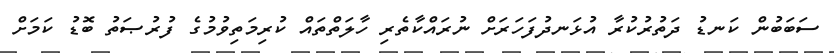
ސަބަބުން ކަނޑު ދަތުރުކުރާ އުޅަނދުފަހަރަށް ނުރައްކާތެރި ހާލަތްތައް ކުރިމަތިވުމުގެ ފުރުޞަތު ބޮޑު ކަމަށް